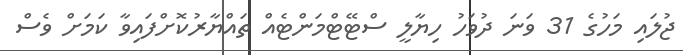
ޖުލައި މަހުގެ 31 ވަނަ ދުވަހު ހިޔާލީ ސްޓޭޓްމަންޓެއް ތައްޔާރުކޮށްފައިވާ ކަމަށް ވެސް